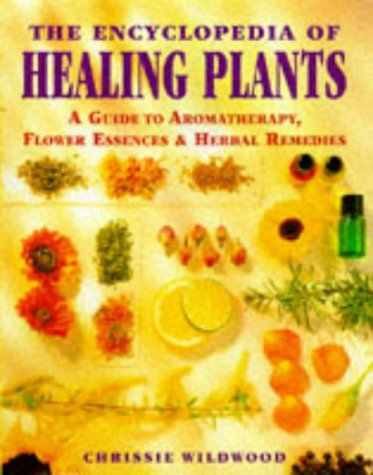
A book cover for The Encyclopedia of Healing Plants: A Guide to Aromatherapy, Flower Essences and Herbal Remedies; Chrissie Wildwood; Medical Books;